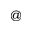
@